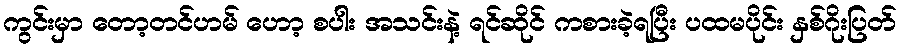
ကွင်းမှာ တော့တင်ဟမ် ဟော့ စပါး အသင်းနဲ့ ရင်ဆိုင် ကစားခဲ့ရပြီး ပထမပိုင်း နှစ်ဂိုးပြတ်